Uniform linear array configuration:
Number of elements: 32
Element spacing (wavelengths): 0.25
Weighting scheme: hann
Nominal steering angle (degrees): -60
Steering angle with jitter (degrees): -60.722
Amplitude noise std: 0.05
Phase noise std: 0.05

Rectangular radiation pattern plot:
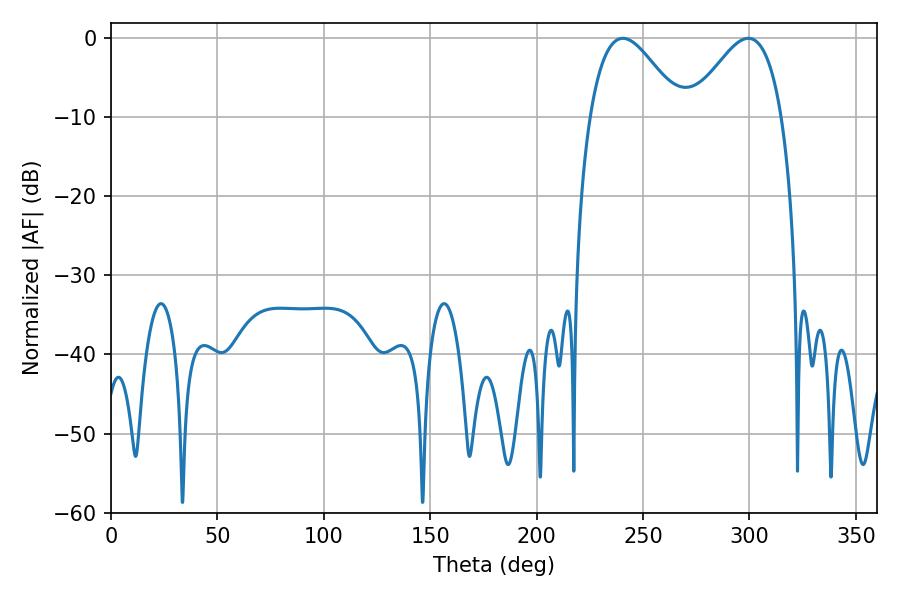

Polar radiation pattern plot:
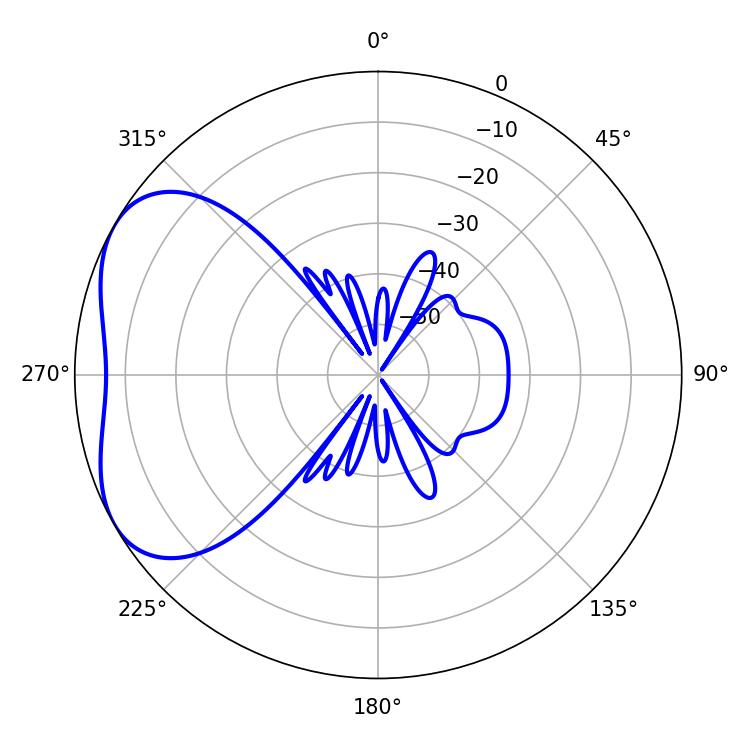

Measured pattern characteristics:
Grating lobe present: FALSE
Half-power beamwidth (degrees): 23.04
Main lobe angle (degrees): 299.52